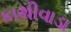
કાથીવાડા